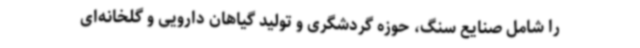
را شامل صنایع سنگ، حوزه گردشگری و تولید گیاهان دارویی و گلخانه‌ای